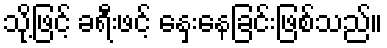
သို့ဖြင့် ခရီးဖင့် နှေးနေခြင်းဖြစ်သည်။